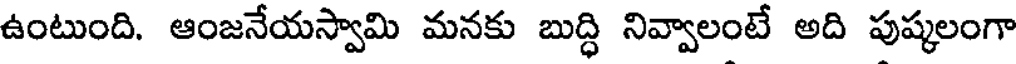
ఉంటుంది. ఆంజనేయస్వామి మనకు బుద్ధి నివ్వాలంటే అది పుష్కలంగా